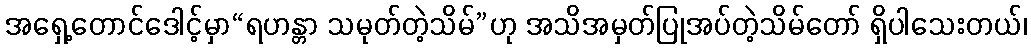
အရှေ့တောင်ဒေါင့်မှာ“ရဟန္တာ သမုတ်တဲ့သိမ်”ဟု အသိအမှတ်ပြုအပ်တဲ့သိမ်တော် ရှိပါသေးတယ်၊